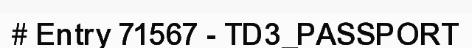
# Entry 71567 - TD3_PASSPORT